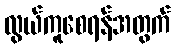
လွယ်ကူစေရန်အတွက်